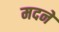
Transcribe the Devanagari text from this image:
मदने